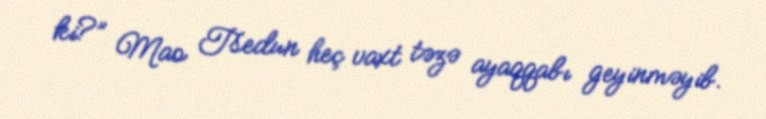
ki?” Mao Tsedun heç vaxt təzə ayaqqabı geyinməyib.